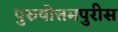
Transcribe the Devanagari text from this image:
पुरुषोत्तमपुरीस